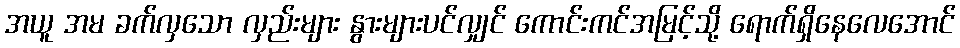
အယူ အမ ခက်လှသော လှည်းများ နွားများပင်လျှင် ကောင်းကင်အမြင့်သို့ ရောက်ရှိနေလေအောင်